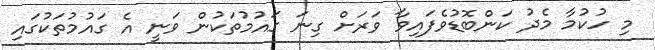
މި ހުކުމާ މެދު ކަންބޮޑުވެފައިވާ ވަރަށް ގިނަ ގައުމުތަކުން ވަނީ އެ ގައުމުތަކުގައި